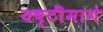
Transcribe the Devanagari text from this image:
यष्टींमागे